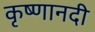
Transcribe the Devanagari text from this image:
कृष्णानदी